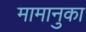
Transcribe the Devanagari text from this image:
मामानुका